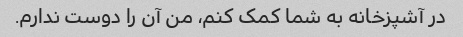
در آشپزخانه به شما کمک کنم، من آن را دوست ندارم.